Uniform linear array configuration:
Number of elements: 64
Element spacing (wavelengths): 1
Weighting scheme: hamming
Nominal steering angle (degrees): -60
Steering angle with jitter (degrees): -59.005
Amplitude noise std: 0.05
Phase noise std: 0.05

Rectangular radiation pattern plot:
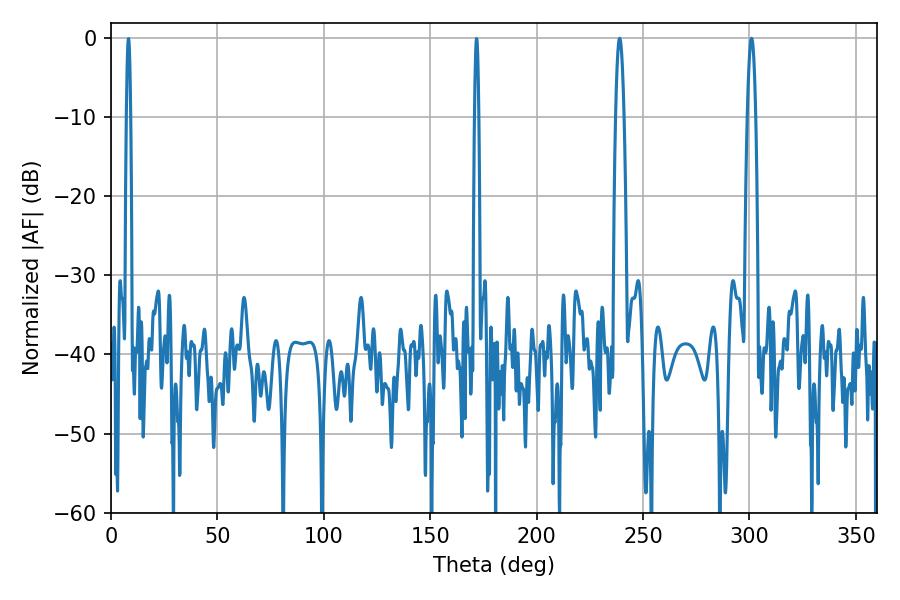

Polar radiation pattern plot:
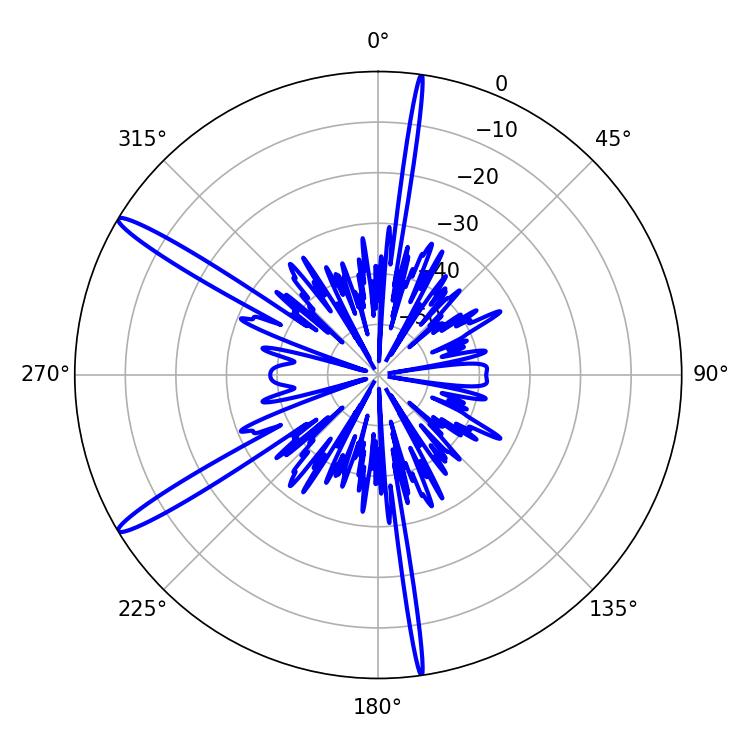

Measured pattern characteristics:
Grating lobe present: TRUE
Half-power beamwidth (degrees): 2.16
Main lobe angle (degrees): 239.04